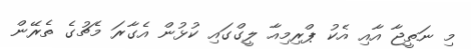
މި ނަތީޖާ އާއި އެކު ޕްރިމިއާ ލީގްގައި ކުޅުން އެގާރަ މެޗުގެ ތެރޭން